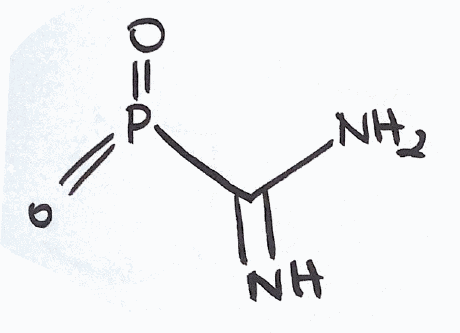
Simplified molecular-input line-entry system (SMILES) notation of the given molecule:
C(=N)(N)P(=O)=O